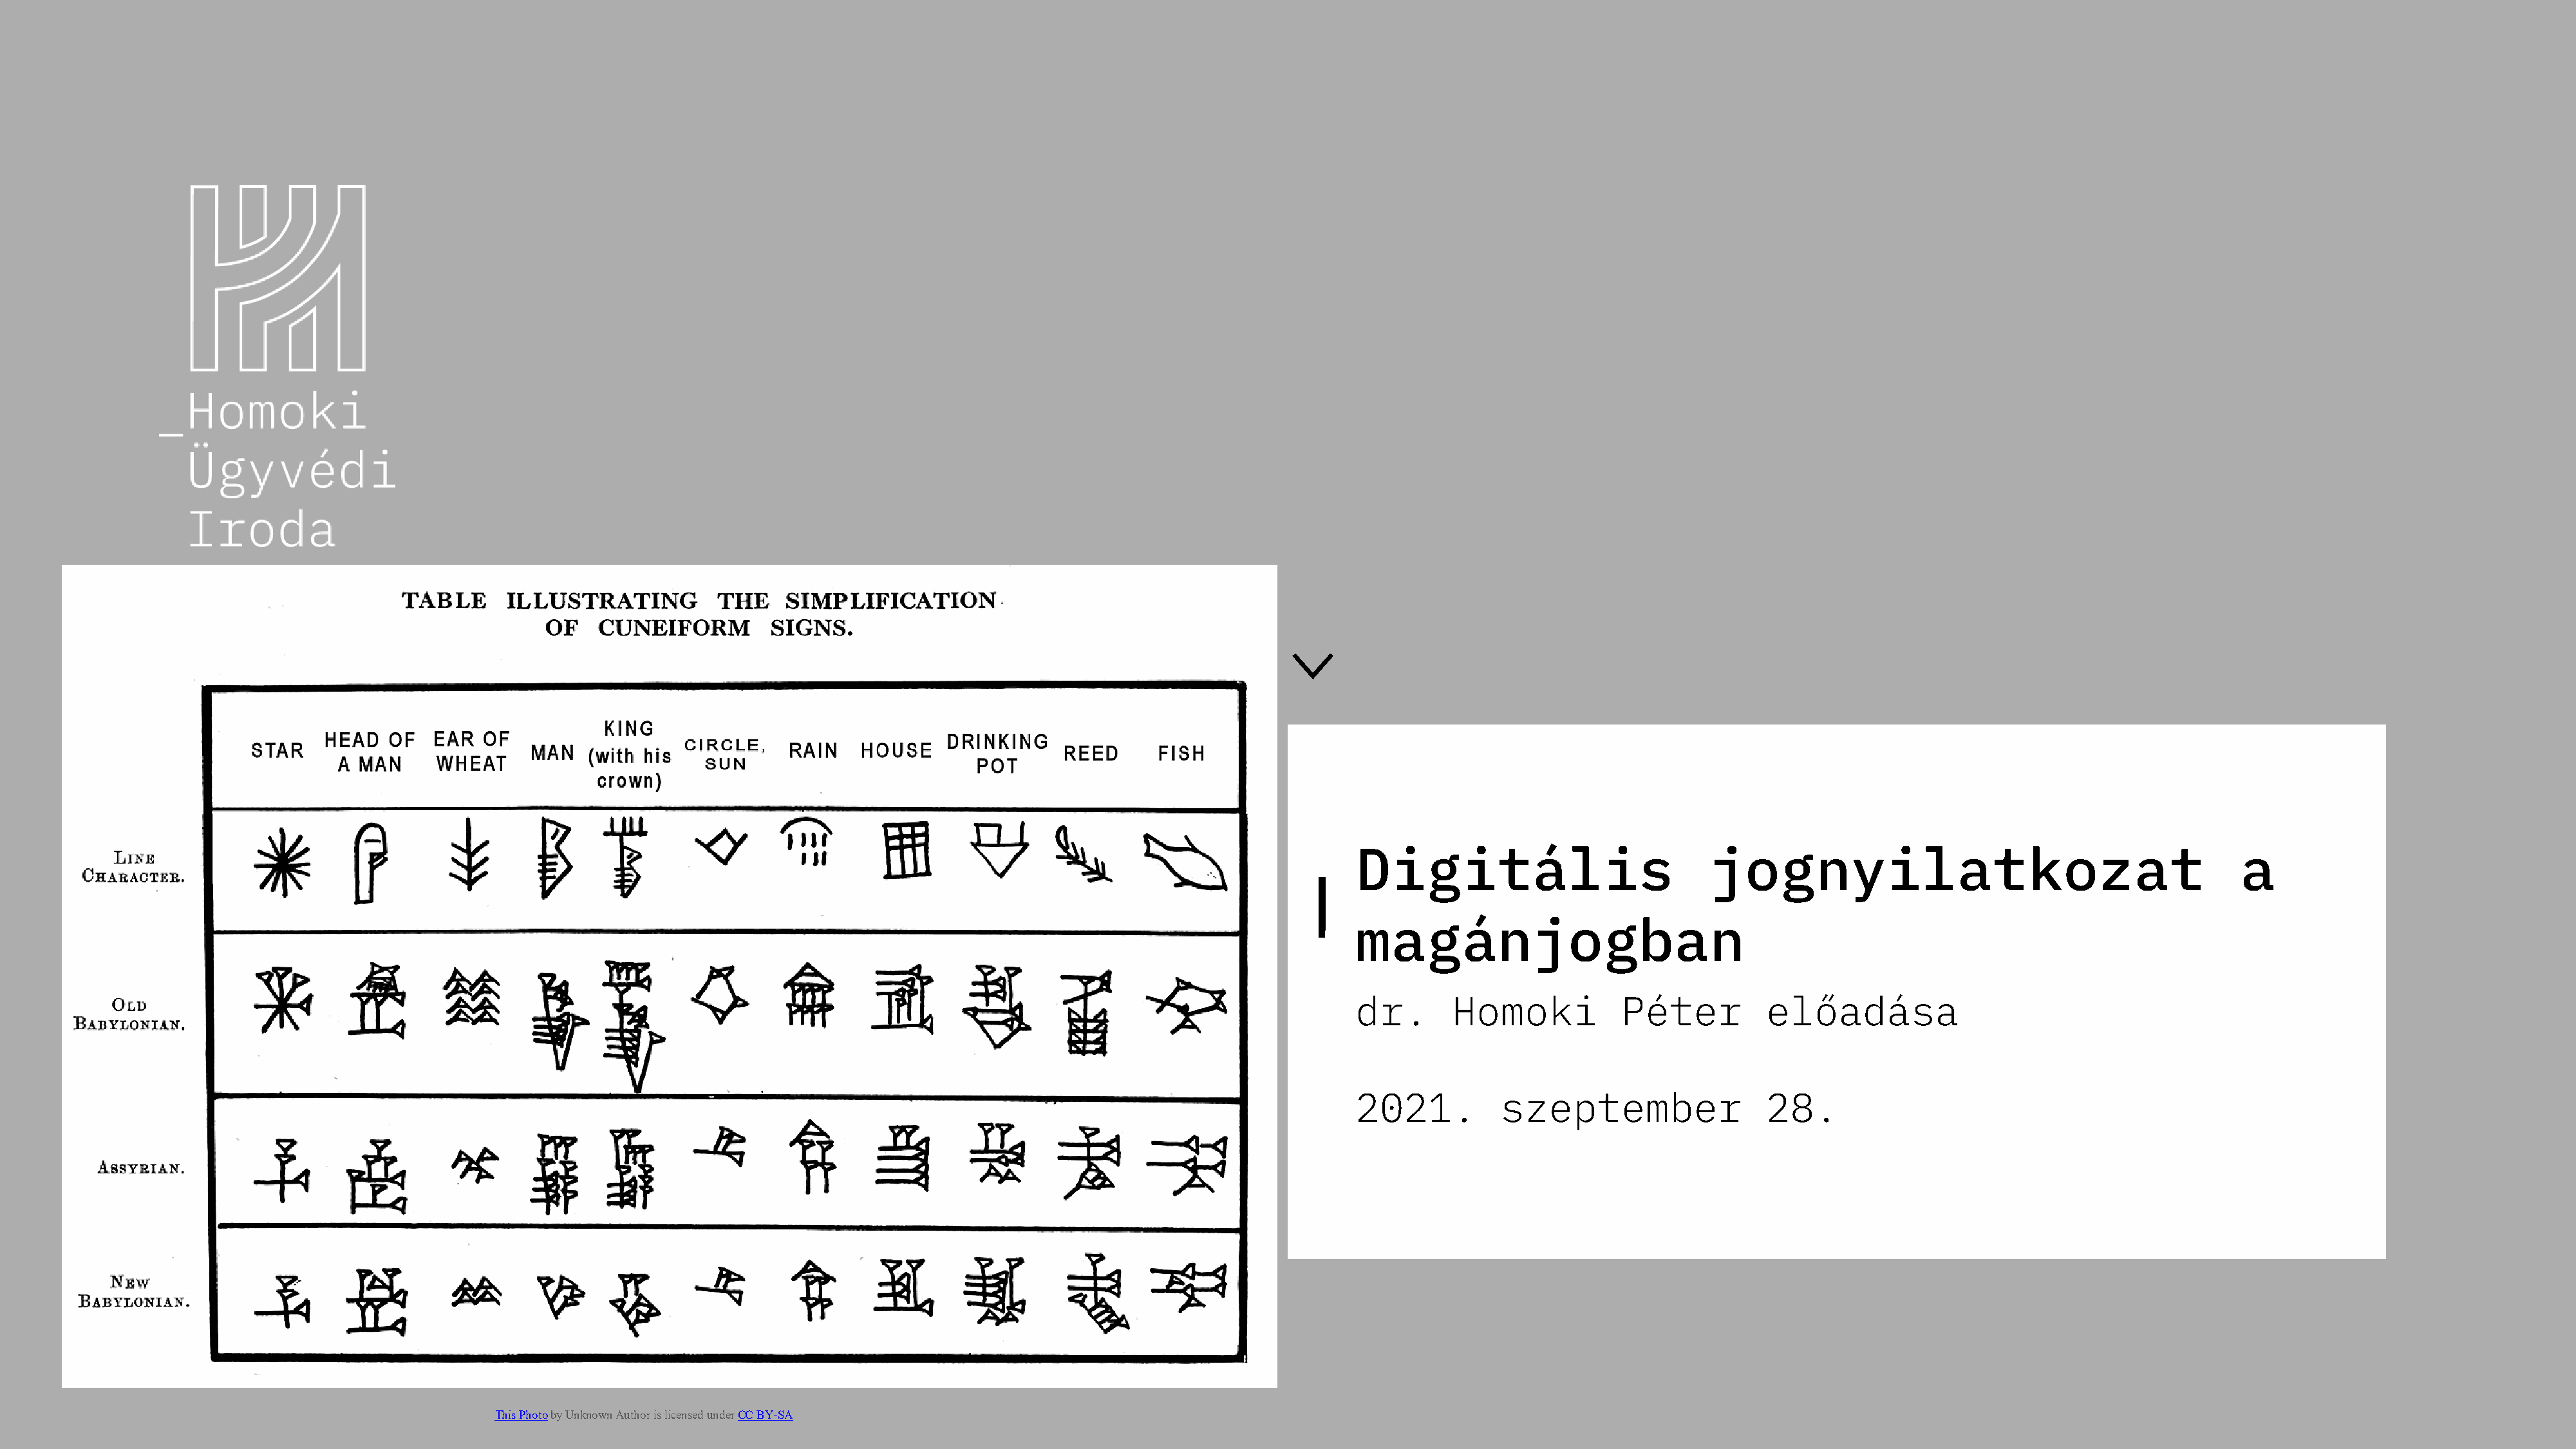
⌵
 Digitális                            jognyilatkozat                                        a
 magánjogban
 dr.       Homoki            Péter          előadása
 2021.          szeptember                  28.
 This Photoby Unknown Author is licensed under CC BY-SA